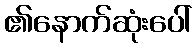
၏နောက်ဆုံးပေါ်